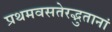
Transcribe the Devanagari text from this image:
प्रथमवसतेरद्भुतानां